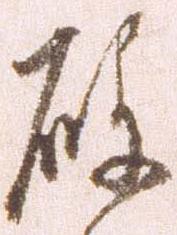
破